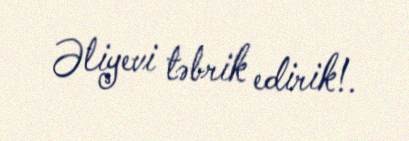
Əliyevi təbrik edirik!.